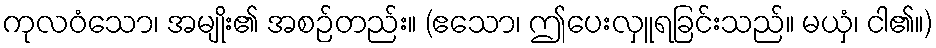
ကုလဝံသော၊ အမျိုး၏ အစဉ်တည်း။ (ဧသော၊ ဤပေးလှူရခြင်းသည်။ မယှံ၊ ငါ၏။)